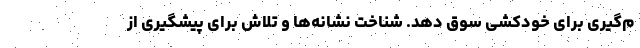
م‌گیری برای خودکشی سوق دهد. شناخت نشانه‌ها و تلاش برای پیشگیری از